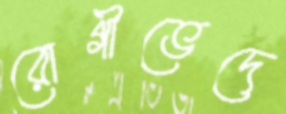
রোগীভেদে